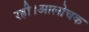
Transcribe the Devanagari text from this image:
रही।आलोचक